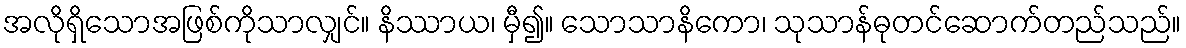
အလိုရှိသောအဖြစ်ကိုသာလျှင်။ နိဿာယ၊ မှီ၍။ သောသာနိကော၊ သုသာန်ဓုတင်ဆောက်တည်သည်။